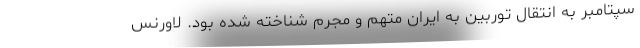
سپتامبر به انتقال توربین به ایران متهم و مجرم شناخته شده بود. لاورنس